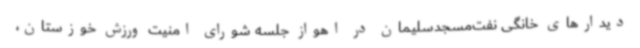
دیدارهای خانگی نفت‌مسجدسلیمان در اهواز جلسه شورای امنیت ورزش خوزستان،